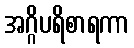
အဂ္ဂိပရိစာရကာ